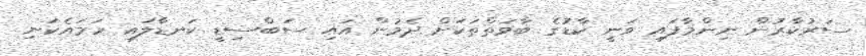
ސަރުކާރުން ނިންމާފައި ވަނީ ކާޑުގެ ބާވަތްތަކަށް ދެމުން އައި ސަބްސިޑީ ކަނޑާލައި ހަމައެކަނި